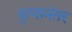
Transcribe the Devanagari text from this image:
कुणानंतर